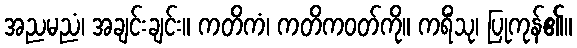
အညမညံ၊ အချင်းချင်း။ ကတိကံ၊ ကတိကဝတ်ကို။ ကရိံသု၊ ပြုကုန်၏။